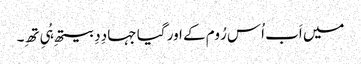
میں اَب اُس رُوم کے اور گیا جہا دِدِ بیتھِ ہُیِ تھِ۔